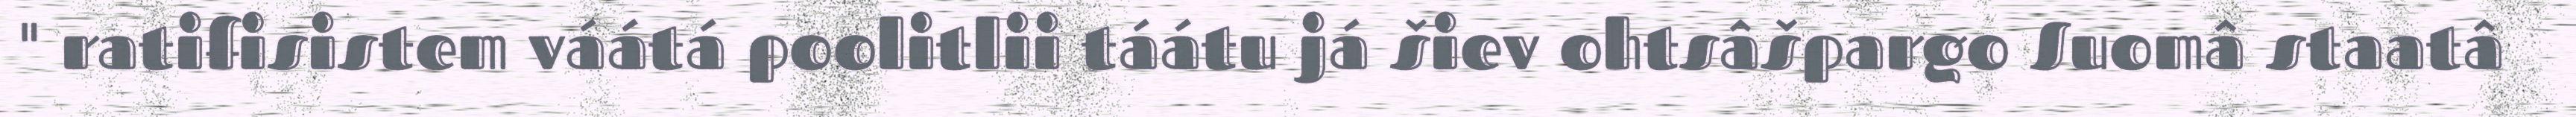
" ratifisistem váátá poolitlii táátu já šiev ohtsâšpargo Suomâ staatâ